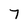
Character: 7